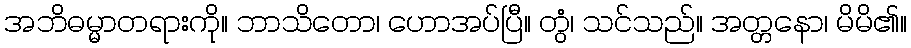
အဘိဓမ္မာတရားကို။ ဘာသိတော၊ ဟောအပ်ပြီ။ တွံ၊ သင်သည်။ အတ္တနော၊ မိမိ၏။